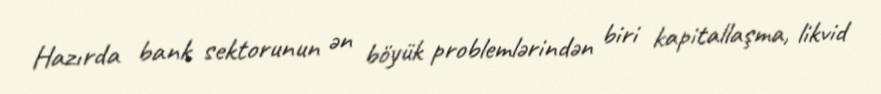
Hazırda bank sektorunun ən böyük problemlərindən biri kapitallaşma, likvid